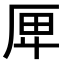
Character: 𠩶